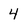
Character: 4